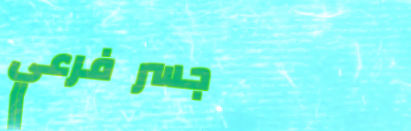
جسر فرعي